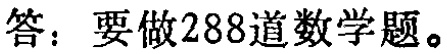
答：要做288道数学题。